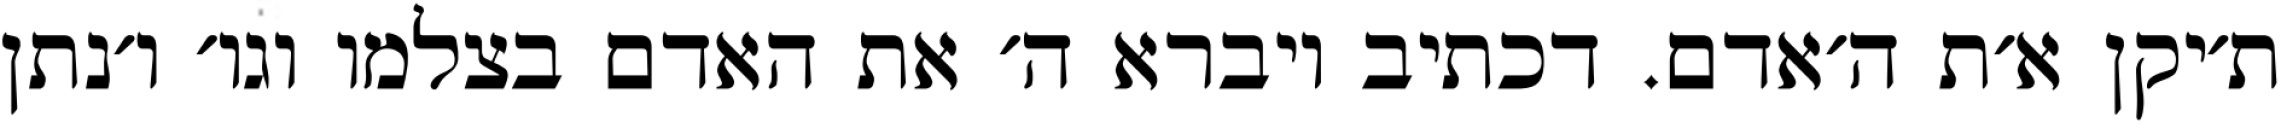
ת׳יקן א׳ת ה׳אדם. דכתיב ויברא ה׳ את האדם בצלמו וגו׳ ו׳נתן